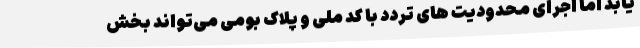
یابد اما اجرای محدودیت های تردد با کد ملی و پلاک بومی می‌تواند بخش